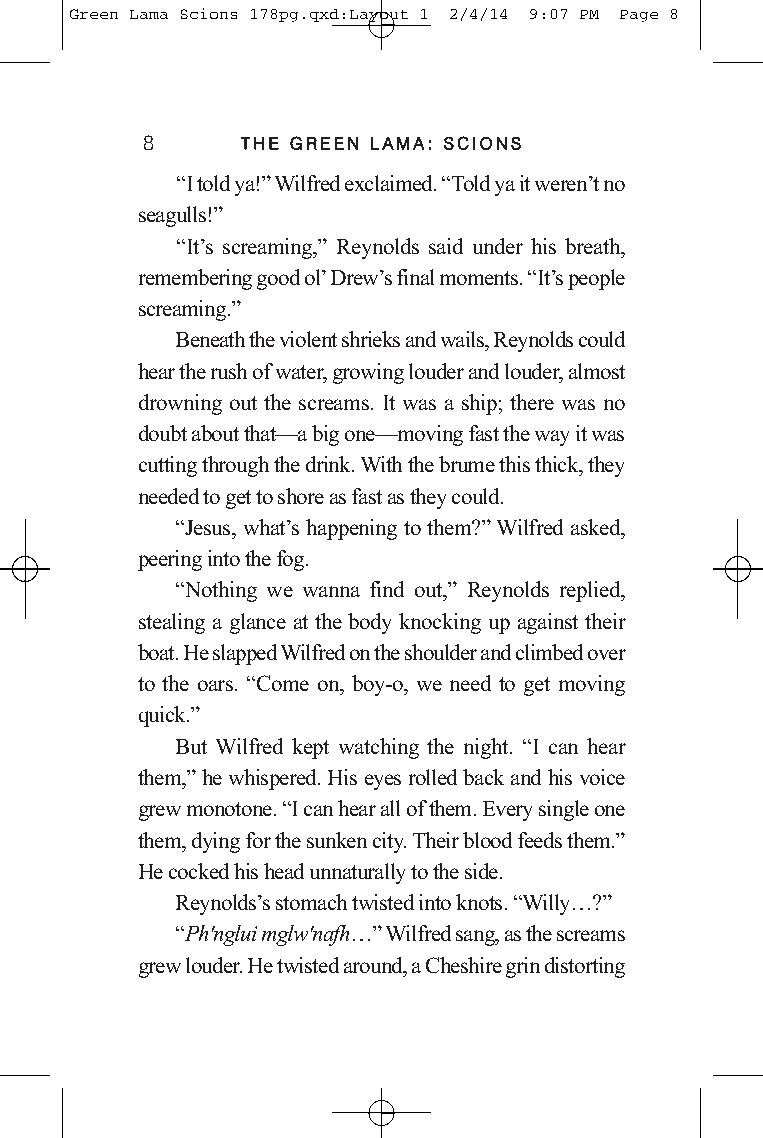
Green Lama Scions 178pg.qxd:Layout 1 2/4/14 9:07 PM Page 8
 8      TTHHEE GGRREEEENN LLAAMMAA:: SSCCIIOONNSS
 “I told ya!”Wilfred exclaimed. “Told ya it weren’t no
 seagulls!”
 “It’s screaming,” Reynolds said under his breath,
 remembering good ol’Drew’s final moments. “It’s people
 screaming.”
 Beneath the violent shrieks and wails, Reynolds could
 hear the rush of water, growing louder and louder, almost
 drowning out the screams. It was a ship; there was no
 doubt about that—a big one—moving fast the way it was
 cutting through the drink. With the brume this thick, they
 needed to get to shore as fast as they could.
 “Jesus, what’s happening to them?”Wilfred asked,
 peering into the fog.
 “Nothing we wanna find out,” Reynolds replied,
 stealing a glance at the body knocking up against their
 boat. He slapped Wilfred on the shoulder and climbed over
 to the oars. “Come on, boy-o, we need to get moving
 quick.”
 But Wilfred kept watching the night. “I can hear
 them,”he whispered. His eyes rolled back and his voice
 grew monotone. “I can hear all of them. Every single one
 them, dying for the sunken city. Their blood feeds them.”
 He cocked his head unnaturally to the side.
 Reynolds’s stomach twisted into knots. “Willy…?”
 “Ph'nglui mglw'nafh…”Wilfred sang, as the screams
 grew louder. He twisted around, a Cheshire grin distorting